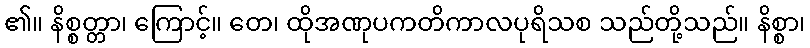
၏။ နိစ္စတ္တာ၊ ကြောင့်။ တေ၊ ထိုအဏုပကတိကာလပုရိသစ သည်တို့သည်။ နိစ္စာ၊